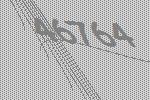
46764